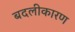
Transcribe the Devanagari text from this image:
बदलीकारण